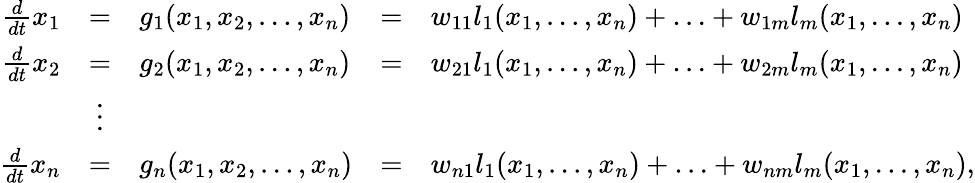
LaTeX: \begin{array}{rclcl}{\frac{d}{dt}x_{1}}&{=}&{g_{1}(x_{1},x_{2},\ldots,x_{n})}&{=}&{w_{11}l_{1}(x_{1},...,x_{n})+\ldots+w_{1m}l_{m}(x_{1},...,x_{n})}\\ {\frac{d}{dt}x_{2}}&{=}&{g_{2}(x_{1},x_{2},\ldots,x_{n})}&{=}&{w_{21}l_{1}(x_{1},...,x_{n})+\ldots+w_{2m}l_{m}(x_{1},...,x_{n})}\\ &{\vdots}&\\ {\frac{d}{dt}x_{n}}&{=}&{g_{n}(x_{1},x_{2},\ldots,x_{n})}&{=}&{w_{n1}l_{1}(x_{1},...,x_{n})+\ldots+w_{nm}l_{m}(x_{1},...,x_{n}),}\end{array}